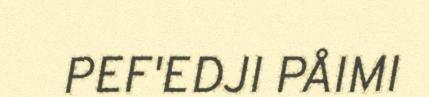
PEF'EDJI PÅIMI